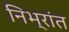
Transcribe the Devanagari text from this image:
निभ्रांत